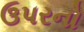
ઉપરનો